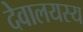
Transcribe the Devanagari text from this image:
देवालयस्य